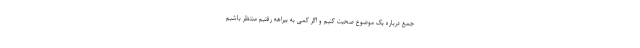
جمع درباره یک موضوع صحبت کنیم و اگر کمی به بیراهه رفتیم منتظر باشیم